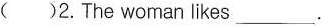
( )2.The woman likes_ ___.